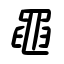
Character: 黽